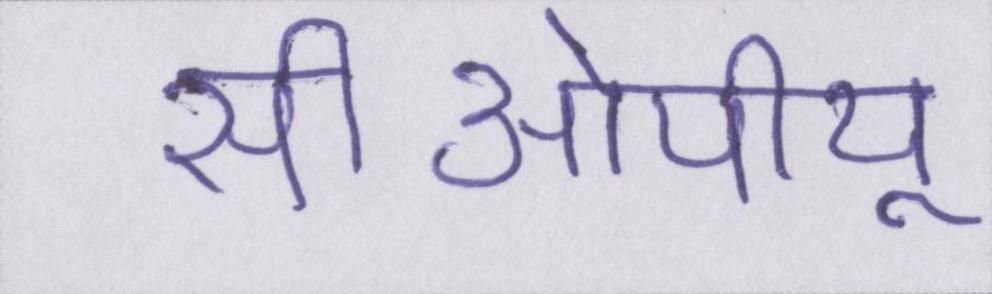
सीओपीयू